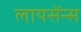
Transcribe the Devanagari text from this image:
लायसेंन्स